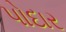
પોદાર